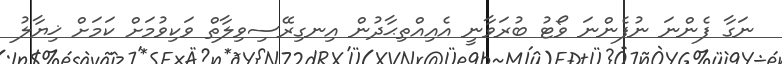
ނަގާ ފެންނަ ނުފެންނަ ވޯޓު ބުރަވާނީ އެއިއްތިޙާދުން އިނގިރޭސިވިލާތް ވަކިވުމަށް ކަމަށް ޚިޔާލު